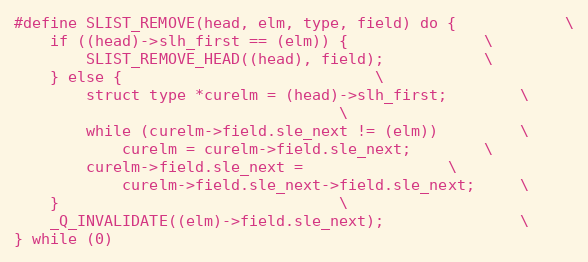
Language: C
#define SLIST_REMOVE(head, elm, type, field) do {			\
	if ((head)->slh_first == (elm)) {				\
		SLIST_REMOVE_HEAD((head), field);			\
	} else {							\
		struct type *curelm = (head)->slh_first;		\
									\
		while (curelm->field.sle_next != (elm))			\
			curelm = curelm->field.sle_next;		\
		curelm->field.sle_next =				\
		    curelm->field.sle_next->field.sle_next;		\
	}								\
	_Q_INVALIDATE((elm)->field.sle_next);				\
} while (0)